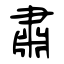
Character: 肅